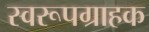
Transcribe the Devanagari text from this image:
स्वरूपग्राहक